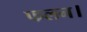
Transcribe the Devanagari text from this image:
फलन।